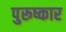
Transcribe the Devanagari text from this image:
पुरूष्कार